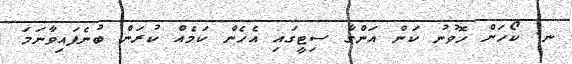
ނ. ކޯހަށް ހޮވުނު ކަން އަންގާ ސިޓީގައި އެހެން ކަމެއް ކުރަން ބުނެފައިވާނަމަ